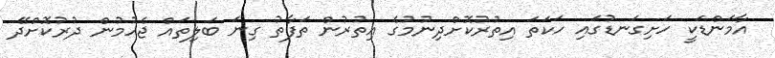
އާމަންޑަކީ ހަށިގަނޑުގައި ހަކަތަ އިތުރުކޮށްދިނުމުގެ އިތުރުން ތަފާތު ގިނަ ބަލިތައް ޖެހުމުން ދުރުކޮށްދޭ